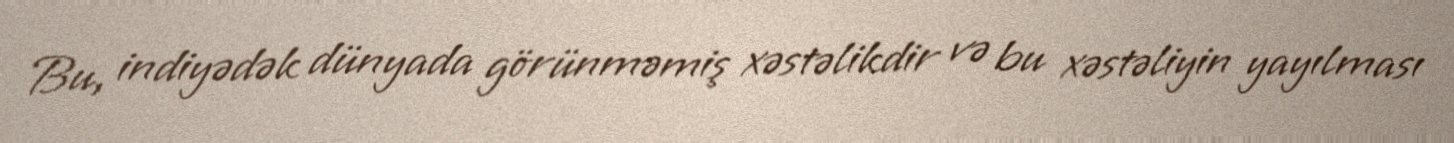
Bu, indiyədək dünyada görünməmiş xəstəlikdir və bu xəstəliyin yayılması